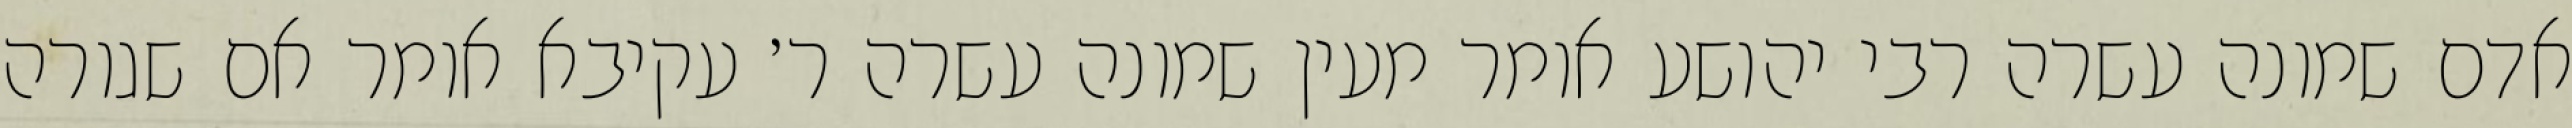
אדם שמונה עשרה רבי יהושע אומר מעין שמונה עשרה ר׳ עקיבא אומר אם שגורה